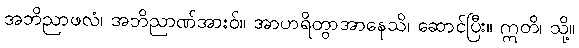
အဘိညာဖလံ၊ အဘိညာဏ်အားဝ်။ အာဟရိတွာအာနေသိ၊ ဆောင်ပြီး။ ဣတိ၊ သို့။